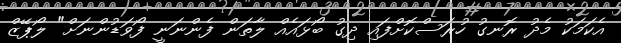
އެކަމަކު މެދު ރޮނގު ހުރަސްކޮށްފައި ދިގު ބޯޅައެއް ލާތަން ފެންނަނީ ފޯވަޑުންނަށް" ލޯޕޭޒް